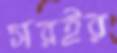
সরইর